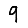
Digit: 9